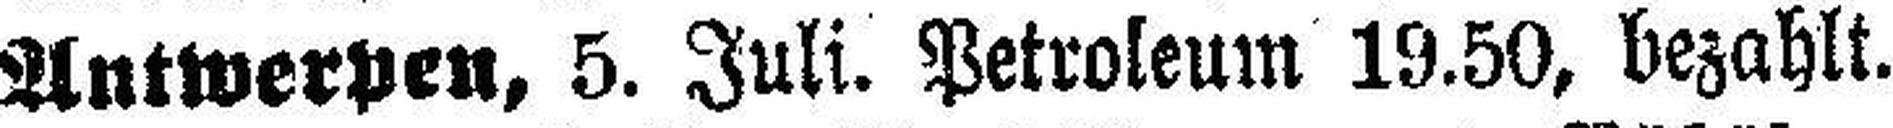
Antwerpen, 5. Juli. Petroleum 19.50, bezahlt.